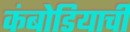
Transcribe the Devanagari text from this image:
कंबोडियाची